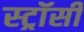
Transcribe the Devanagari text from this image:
स्ट्रॉसी